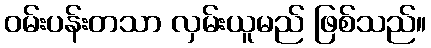
ဝမ်းပန်းတသာ လှမ်းယူမည် ဖြစ်သည်။